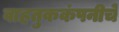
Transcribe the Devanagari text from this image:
वाहतुककंपनीचे